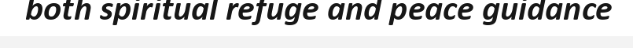
both spiritual refuge and peace guidance